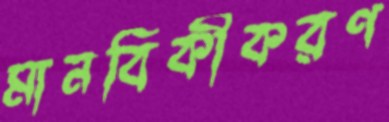
মানবিকীকরণ